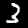
Digit: 3